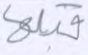
قبلها